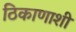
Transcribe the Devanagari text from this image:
ठिकाणाशी